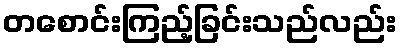
တစောင်းကြည့်ခြင်းသည်လည်း